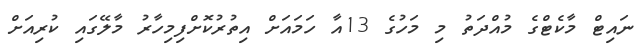
ނައިޓް މާކެޓްގެ މުއްދަތު މި މަހުގެ 13އާ ހަމައަށް އިތުރުކޮށްފިމިހާރު މާލޭގައި ކުރިއަށް